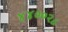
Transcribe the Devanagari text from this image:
४४००२८